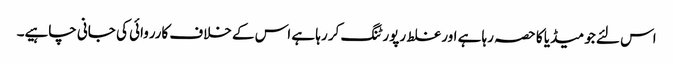
اس لئے جو میڈیا کا حصہ رہا ہے اور غلط رپورٹنگ کر رہا ہے اس کے خلاف کارروائی کی جانی چاہیے۔